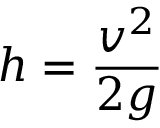
h = { \frac { v ^ { 2 } } { 2 g } }